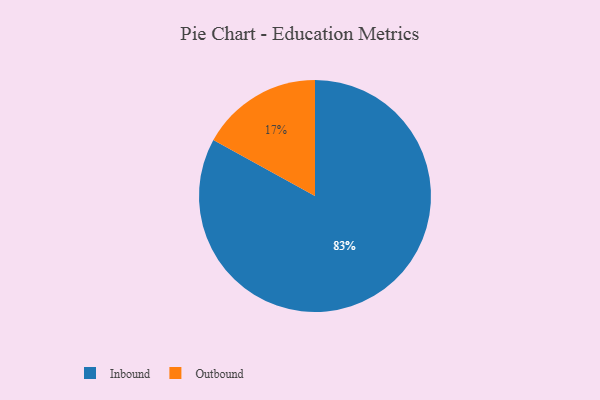
{"axis": {"x": "Category", "y": "Percentage"}, "legend": ["Inbound", "Outbound"], "data": [{"x": "Outbound", "y": 17, "type": "Outbound"}, {"x": "Inbound", "y": 83, "type": "Inbound"}]}